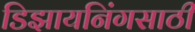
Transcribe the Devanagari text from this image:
डिझायनिंगसाठी